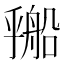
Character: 𬼔